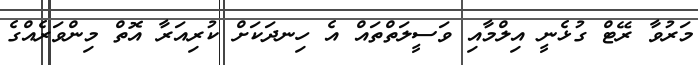
މަރުވާ ރޭޓް ގުޅެނީ އިލްމާއި ވަސީލަތްތައް އެ ހިނދަކަށް ކުރިއަރާ އޮތް މިންވަރެއްގެ